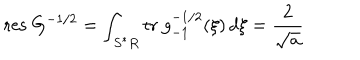
\mathrm { r e s } \ G ^ { - 1 / 2 } = \int _ { S ^ { * } R } \mathrm { t r } \ g _ { - 1 } ^ { - 1 / 2 } ( \xi ) \, d \xi = \frac { 2 } { \sqrt { a } }